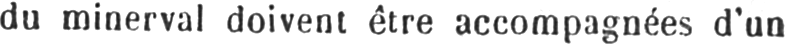
du minerval doivent être accompagnées d’un